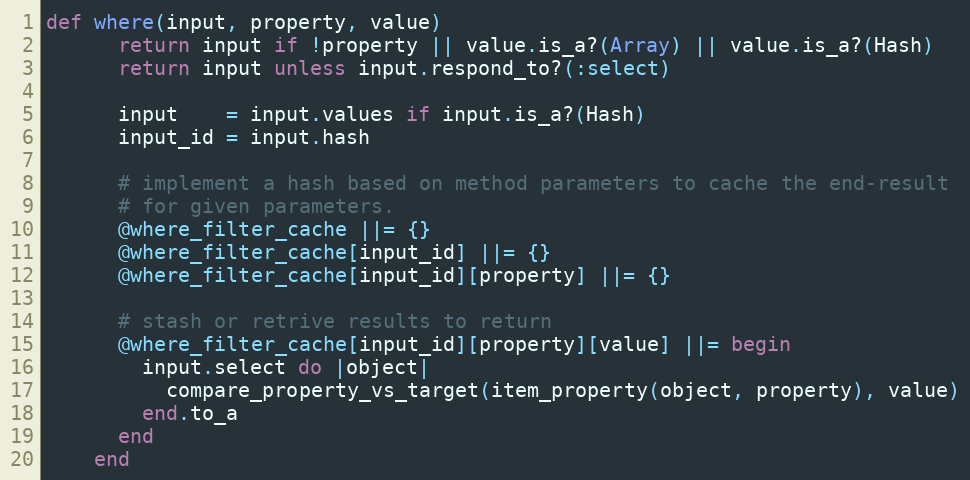
Language: Ruby
def where(input, property, value)
      return input if !property || value.is_a?(Array) || value.is_a?(Hash)
      return input unless input.respond_to?(:select)

      input    = input.values if input.is_a?(Hash)
      input_id = input.hash

      # implement a hash based on method parameters to cache the end-result
      # for given parameters.
      @where_filter_cache ||= {}
      @where_filter_cache[input_id] ||= {}
      @where_filter_cache[input_id][property] ||= {}

      # stash or retrive results to return
      @where_filter_cache[input_id][property][value] ||= begin
        input.select do |object|
          compare_property_vs_target(item_property(object, property), value)
        end.to_a
      end
    end